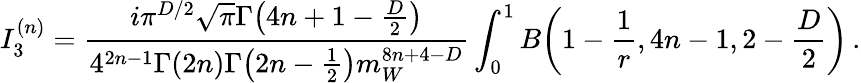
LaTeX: I_{3}^{(n)}=\frac{i\pi^{D/2}\sqrt{\pi}\Gamma\big(4n+1-\frac{D}{2}\big)}{4^{2n-1}\Gamma(2n)\Gamma\big(2n-\frac{1}{2}\big)m_{W}^{8n+4-D}}\int_{0}^{1}B\bigg(1-\frac{1}{r},4n-1,2-\frac{D}{2}\bigg)\, .